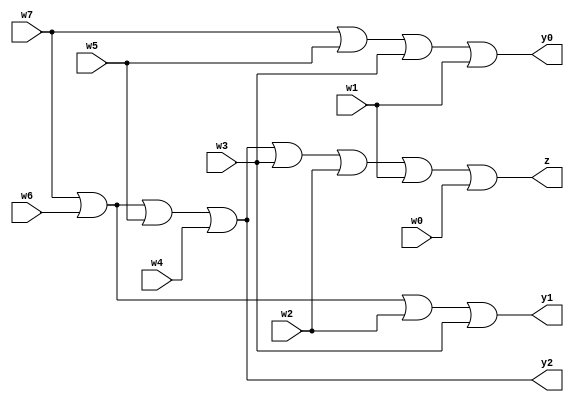
module test_2(w7,w6,w5,w4,w3,w2,w1,w0,y2,y1,y0,z);

input w7,w6,w5,w4,w3,w2,w1,w0;

output y2,y1,y0,z;

or(y2,w7,w6,w5,w4);

or(y1,w7,w6,w2,w3);

or(y0,w7,w5,w3,w1);

or(z,w7,w6,w5,w4,w3,w2,w1,w0);

endmodule